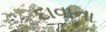
દાવાના